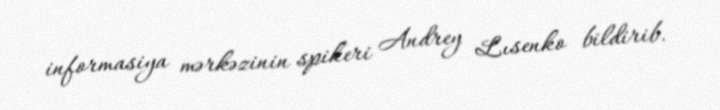
informasiya mərkəzinin spikeri Andrey Lısenko bildirib.